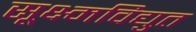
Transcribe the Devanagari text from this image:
सूक्ष्मविद्युत